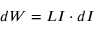
d W = L I \cdot d I